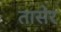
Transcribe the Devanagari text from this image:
तासेर